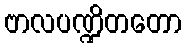
ဗာလပဏ္ဍိတတော